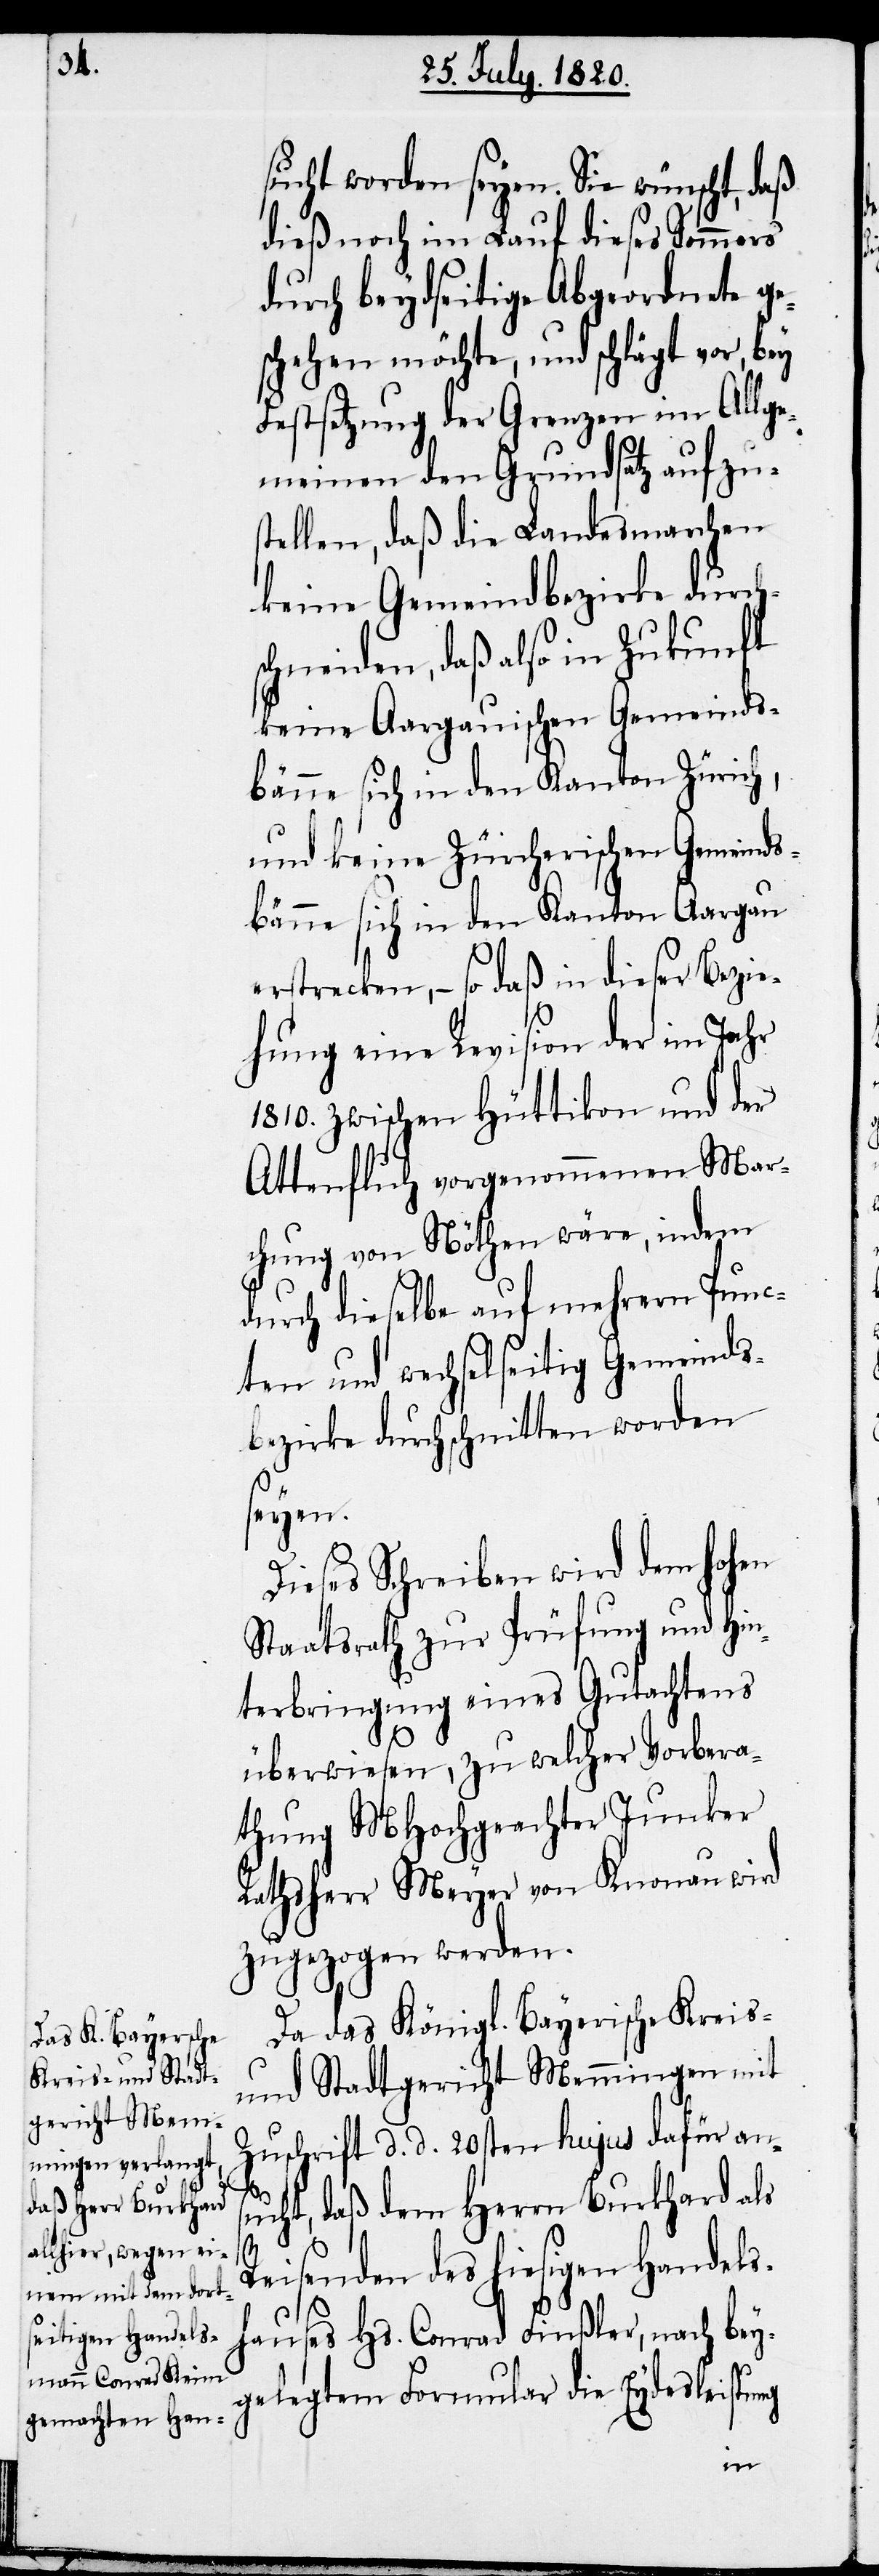
sucht worden seyen. Sie wünscht, daß
dieß noch im Lauf dieses Sommers
durch beydseitige Abgeordnete ge¬
schehen möchte, und schlägt vor, bey
Festsetzung der Grenzen im Allge¬
meinen den Grundsatz aufzu¬
stellen, daß die Landesmarchen
keine Gemeindbezirke durch¬
schneiden, daß also in Zukunft
keine Aargauischen Gemeinds¬
bänne sich in den Kanton Zürich,
und keine Zürcherischen Gemeinds¬
bänne sich in den Kanton Aargau
erstrecken, – so daß in dieser Bezie¬
hung eine Revision der im Jahr
1810. zwischen Hüttikon und der
Attenfluch vorgenommenen Mar¬
chung von Nöthen wäre, indem
auf dieselbe auf mehrern Punc¬
ten und wechselseitig Gemeinds¬
bezirke durchschnitten worden
seyen.
Dieses Schreiben wird dem hohen
Staatsrath zur Prüfung und Hin¬
terbringung eines Gutachtens
überweisen, zu welcher Vorbera¬
thung MHochgeachter Junker
Rathsherr Meyer von Knonau wird
zugezogen werden.
Da das Königl. Bayerische Kreis-
und Stadtgericht Memmingen mit
Zuschrift d. d. 20sten hujus dafür ans¬
ucht, daß dem Herrn Burkhard als
Reisenden des hiesigen Handels¬
hauses Hs. Conrad Finßler, nach bey¬
gelegtem Formular die Eydesleistung